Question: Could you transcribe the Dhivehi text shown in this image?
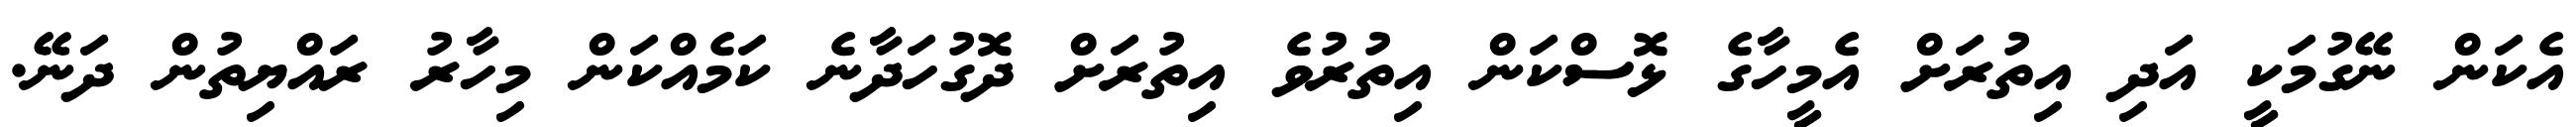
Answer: އެކަން ނޭގުމަކީ އަދި އިތުރަށް އެމީހާގެ ޅޮސްކަން އިތުރުވެ އިތުރަށް ދޮގުހަދާނެ ކަމެއްކަން މިހާރު ރައްޔިތުން ދަނޭ.